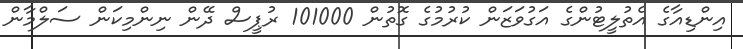
އިންޑިއާގެ އެތުލީޓުންގެ އަގުވަޒަން ކުރުމުގެ ގޮތުން 101000 ރުޕީސް ދޭން ނިންމިކަން ސަލްމާން